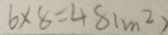
6 \times 8 = 4 8 ( m ^ { 2 } )